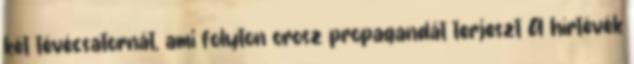
két tévécsatornát, ami folyton orosz propagandát terjeszt A hírtévék